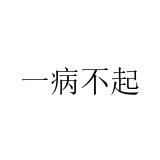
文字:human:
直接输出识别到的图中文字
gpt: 一病不起